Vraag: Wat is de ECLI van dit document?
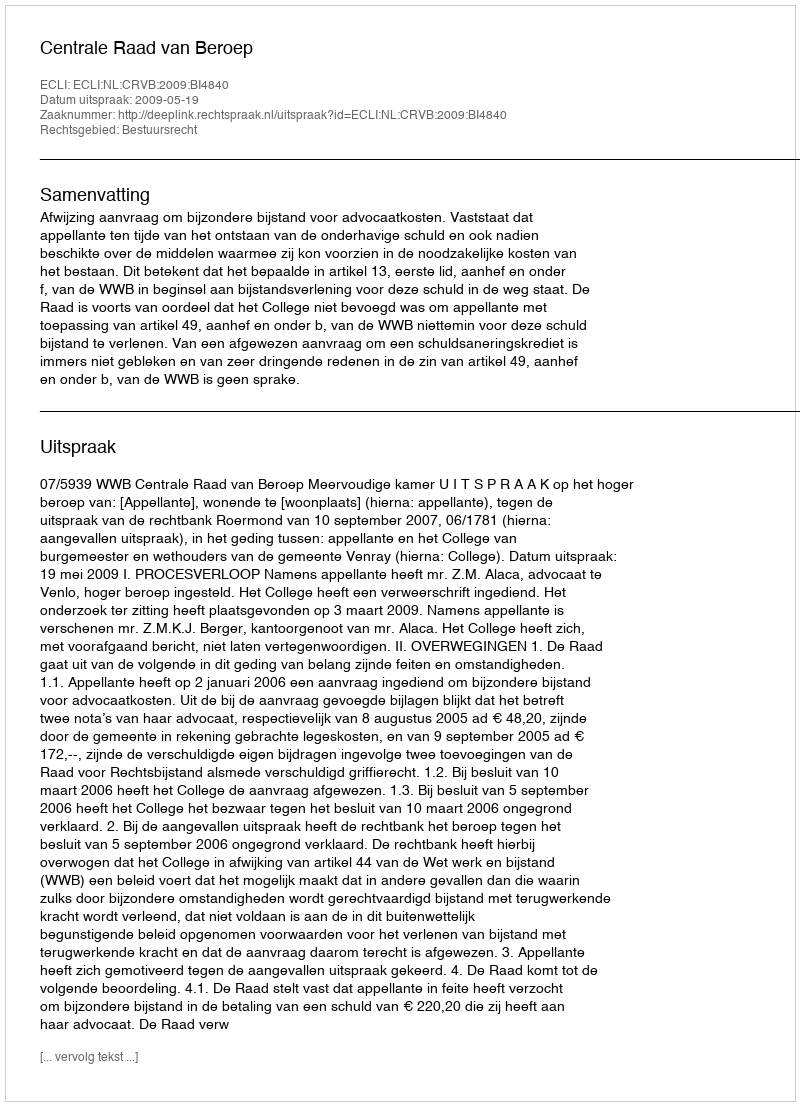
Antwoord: ECLI:NL:CRVB:2009:BI4840